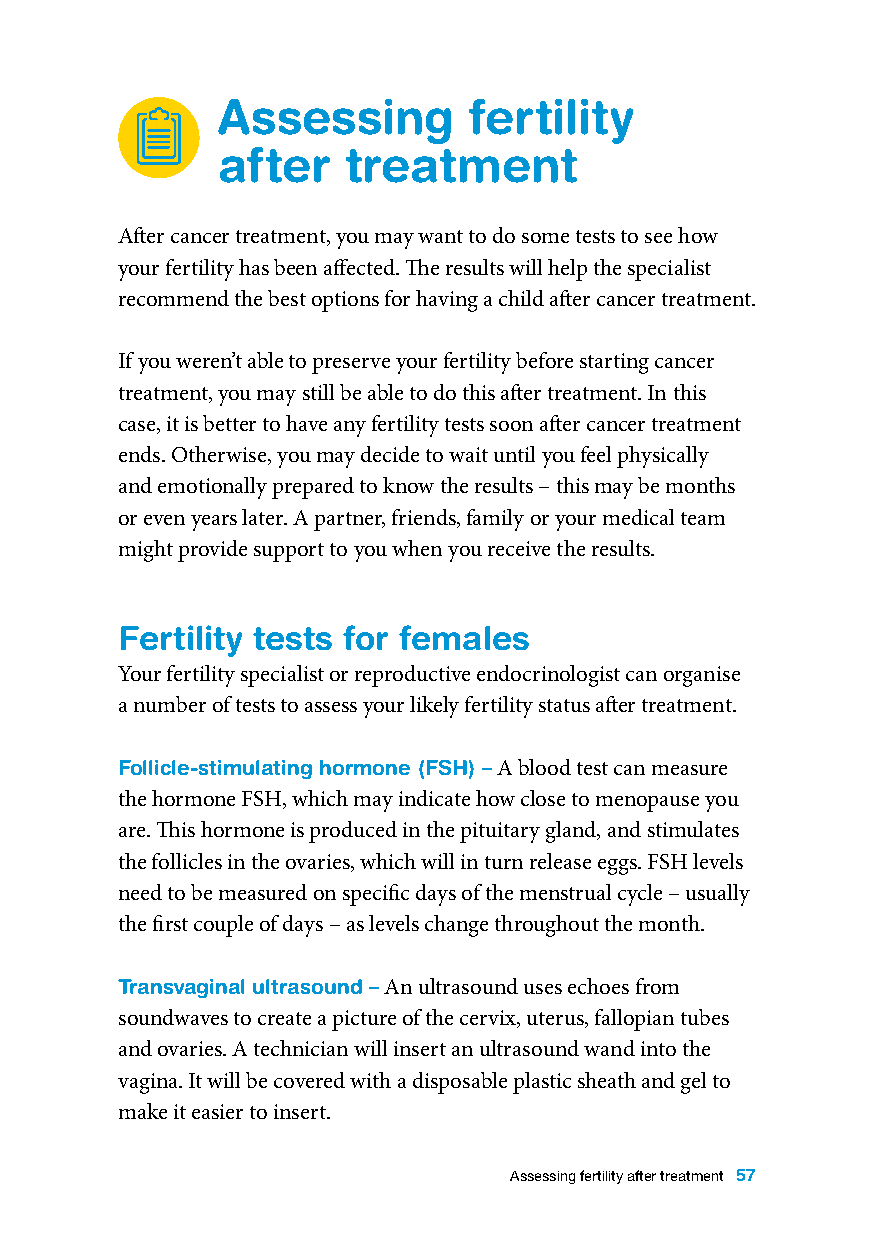
Assessing        fertility
 after    treatment
 After cancer treatment, you may want to do some tests to see how
 your fertility has been affected. The results will help the specialist
 recommend the best options for having a child after cancer treatment.
 If you weren’t able to preserve your fertility before starting cancer
 treatment, you may still be able to do this after treatment. In this
 case, it is better to have any fertility tests soon after cancer treatment
 ends. Otherwise, you may decide to wait until you feel physically
 and emotionally prepared to know the results – this may be months
 or even years later. A partner, friends, family or your medical team
 might provide support to you when you receive the results.
 Fertility tests for females
 Your fertility specialist or reproductive endocrinologist can organise
 a number of tests to assess your likely fertility status after treatment.
 Follicle-stimulating hormone (FSH) – A blood test can measure
 the hormone FSH, which may indicate how close to menopause you
 are. This hormone is produced in the pituitary gland, and stimulates
 the follicles in the ovaries, which will in turn release eggs. FSH levels
 need to be measured on specific days of the menstrual cycle – usually
 the first couple of days – as levels change throughout the month.
 Transvaginal ultrasound – An ultrasound uses echoes from
 soundwaves to create a picture of the cervix, uterus, fallopian tubes
 and ovaries. A technician will insert an ultrasound wand into the
 vagina. It will be covered with a disposable plastic sheath and gel to
 make it easier to insert.
 Assessing fertility after treatment 57